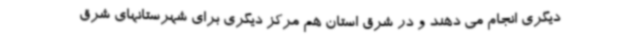
دیگری انجام می دهند و در شرق استان هم مرکز دیگری برای شهرستانهای شرق